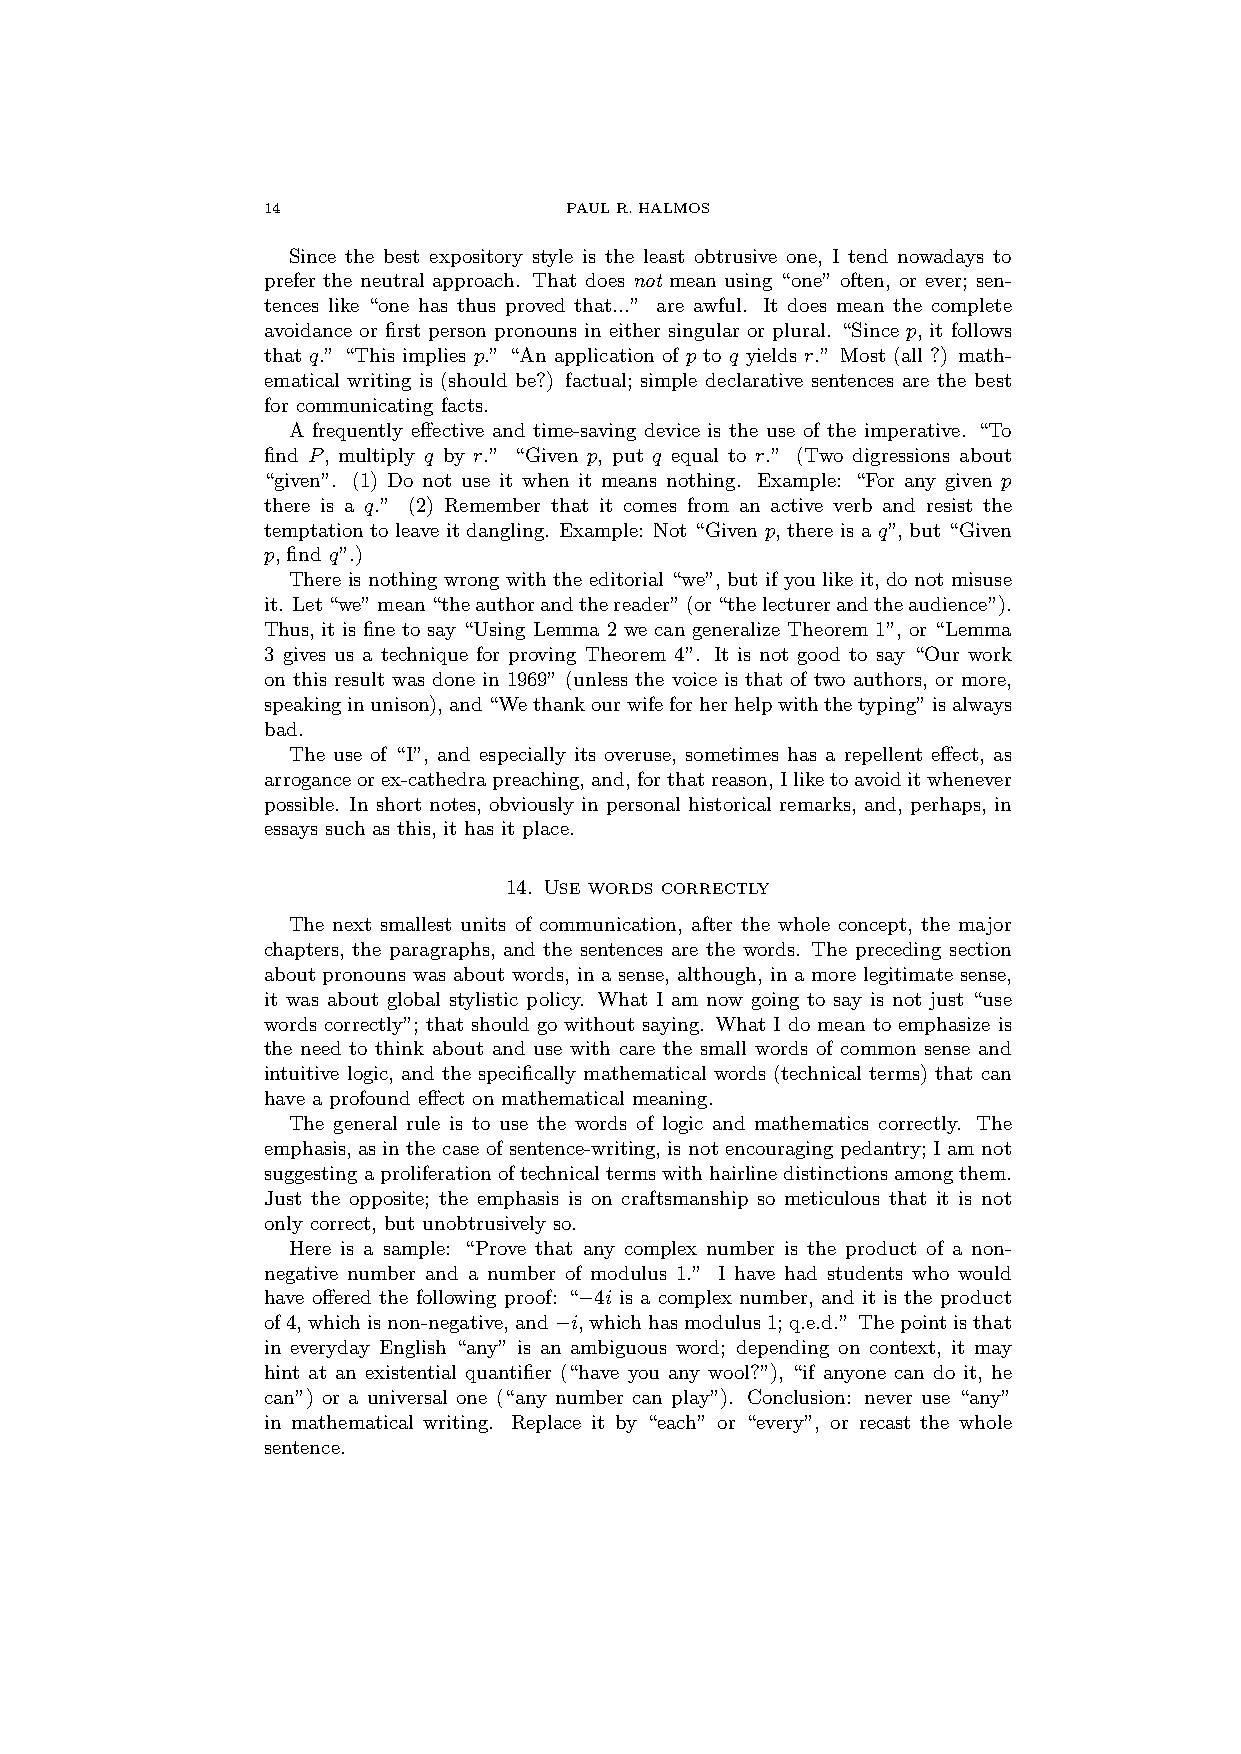
14                  PAULR.HALMOS
 Since the best expository style is the least obtrusive one, I tend nowadays to
 prefer the neutral approach. That does not mean using “one” often, or ever; sen-
 tences like “one has thus proved that...” are awful. It does mean the complete
 avoidance or first person pronouns in either singular or plural. “Since p, it follows
 that q.” “This implies p.” “An application of p to q yields r.” Most (all ?) math-
 ematical writing is (should be?) factual; simple declarative sentences are the best
 for communicating facts.
 A frequently effective and time-saving device is the use of the imperative. “To
 find P, multiply q by r.” “Given p, put q equal to r.” (Two digressions about
 “given”. (1) Do not use it when it means nothing. Example: “For any given p
 there is a q.” (2) Remember that it comes from an active verb and resist the
 temptation to leave it dangling. Example: Not “Given p, there is a q”, but “Given
 p, find q”.)
 There is nothing wrong with the editorial “we”, but if you like it, do not misuse
 it. Let“we”mean“theauthorandthereader”(or“thelecturerandtheaudience”).
 Thus, it is fine to say “Using Lemma 2 we can generalize Theorem 1”, or “Lemma
 3 gives us a technique for proving Theorem 4”. It is not good to say “Our work
 on this result was done in 1969” (unless the voice is that of two authors, or more,
 speakinginunison),and“Wethankourwifeforherhelpwiththetyping”isalways
 bad.
 The use of “I”, and especially its overuse, sometimes has a repellent effect, as
 arroganceorex-cathedrapreaching,and,forthatreason,Iliketoavoiditwhenever
 possible. In short notes, obviously in personal historical remarks, and, perhaps, in
 essays such as this, it has it place.
 14. Use words correctly
 The next smallest units of communication, after the whole concept, the major
 chapters, the paragraphs, and the sentences are the words. The preceding section
 about pronouns was about words, in a sense, although, in a more legitimate sense,
 it was about global stylistic policy. What I am now going to say is not just “use
 words correctly”; that should go without saying. What I do mean to emphasize is
 the need to think about and use with care the small words of common sense and
 intuitive logic, and the specifically mathematical words (technical terms) that can
 have a profound effect on mathematical meaning.
 The general rule is to use the words of logic and mathematics correctly. The
 emphasis, as in the case of sentence-writing, is not encouraging pedantry; I am not
 suggestingaproliferationoftechnicaltermswithhairlinedistinctionsamongthem.
 Just the opposite; the emphasis is on craftsmanship so meticulous that it is not
 only correct, but unobtrusively so.
 Here is a sample: “Prove that any complex number is the product of a non-
 negative number and a number of modulus 1.” I have had students who would
 have offered the following proof: “−4i is a complex number, and it is the product
 of4,whichisnon-negative,and−i,whichhasmodulus1; q.e.d.” Thepointisthat
 in everyday English “any” is an ambiguous word; depending on context, it may
 hint at an existential quantifier (“have you any wool?”), “if anyone can do it, he
 can”) or a universal one (“any number can play”). Conclusion: never use “any”
 in mathematical writing. Replace it by “each” or “every”, or recast the whole
 sentence.